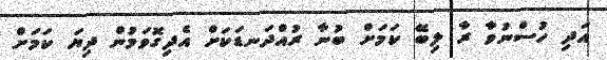
އަދި ހުސްނުވާ ރާ ލިބޭ ކަމަށް ބުނާ ރުއްދަނޑަކަށް އެދިގޮވަމުން ދިޔަ ކަމަށް